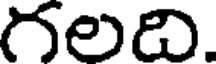
గలది.